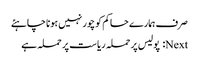
صرف ہمارے حاکم کو چور نہیں ہونا چاہئے
Next: پولیس پر حملہ ریاست پر حملہ ہے